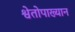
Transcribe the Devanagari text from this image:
श्वेतोपाख्यान